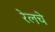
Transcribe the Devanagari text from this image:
रेलचे